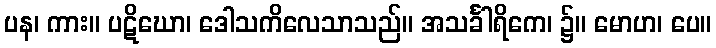
ပန၊ ကား။ ပဋိဃော၊ ဒေါသကိလေသာသည်။ အသင်္ခါရိကေ၊ ၌။ မောဟ၊ ပေ။